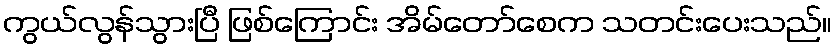
ကွယ်လွန်သွားပြီ ဖြစ်ကြောင်း အိမ်တော်စေက သတင်းပေးသည်။